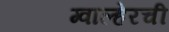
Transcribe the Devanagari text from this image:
ग्वाल्हेरची